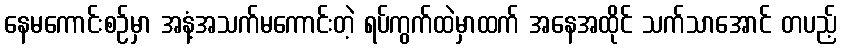
နေမကောင်းစဉ်မှာ အနံ့အသက်မကောင်းတဲ့ ရပ်ကွက်ထဲမှာထက် အနေအထိုင် သက်သာအောင် တပည့်